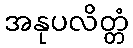
အနုပလိတ္တံ